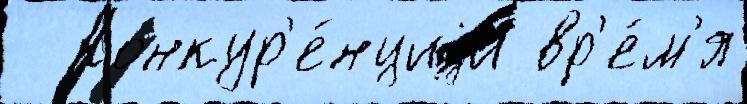
  конкур'е́нциjи вр'е́м'я